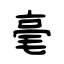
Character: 毫